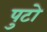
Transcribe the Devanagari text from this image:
पुटो